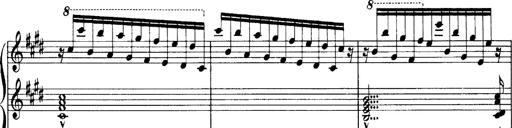
Title: OuvertÃ¼re zu TannhÃ¤user
Composer: Franz Liszt